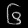
Digit: ၆